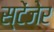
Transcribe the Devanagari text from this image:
स्टेंजेर